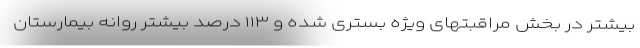
بیشتر در بخش مراقبتهای ویژه بستری شده و ۱۱۳ درصد بیشتر روانه بیمارستان